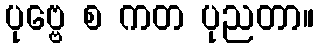
ပုဗ္ဗေ စ ကတ ပုညတာ။